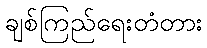
ချစ်ကြည်ရေးတံတား